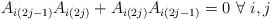
LaTeX: \begin{align*} A_{i(2j-1)}A_{i(2j)}+ A_{i(2j)}A_{i(2j-1)}=0 \ \forall \ i,j \end{align*}